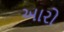
આરો